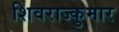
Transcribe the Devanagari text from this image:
शिवराज्कुमार